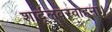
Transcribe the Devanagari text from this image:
शार्दूलवरवाहना।